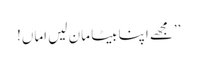
’’مجھے اپنا بیٹا مان لیں اماں!